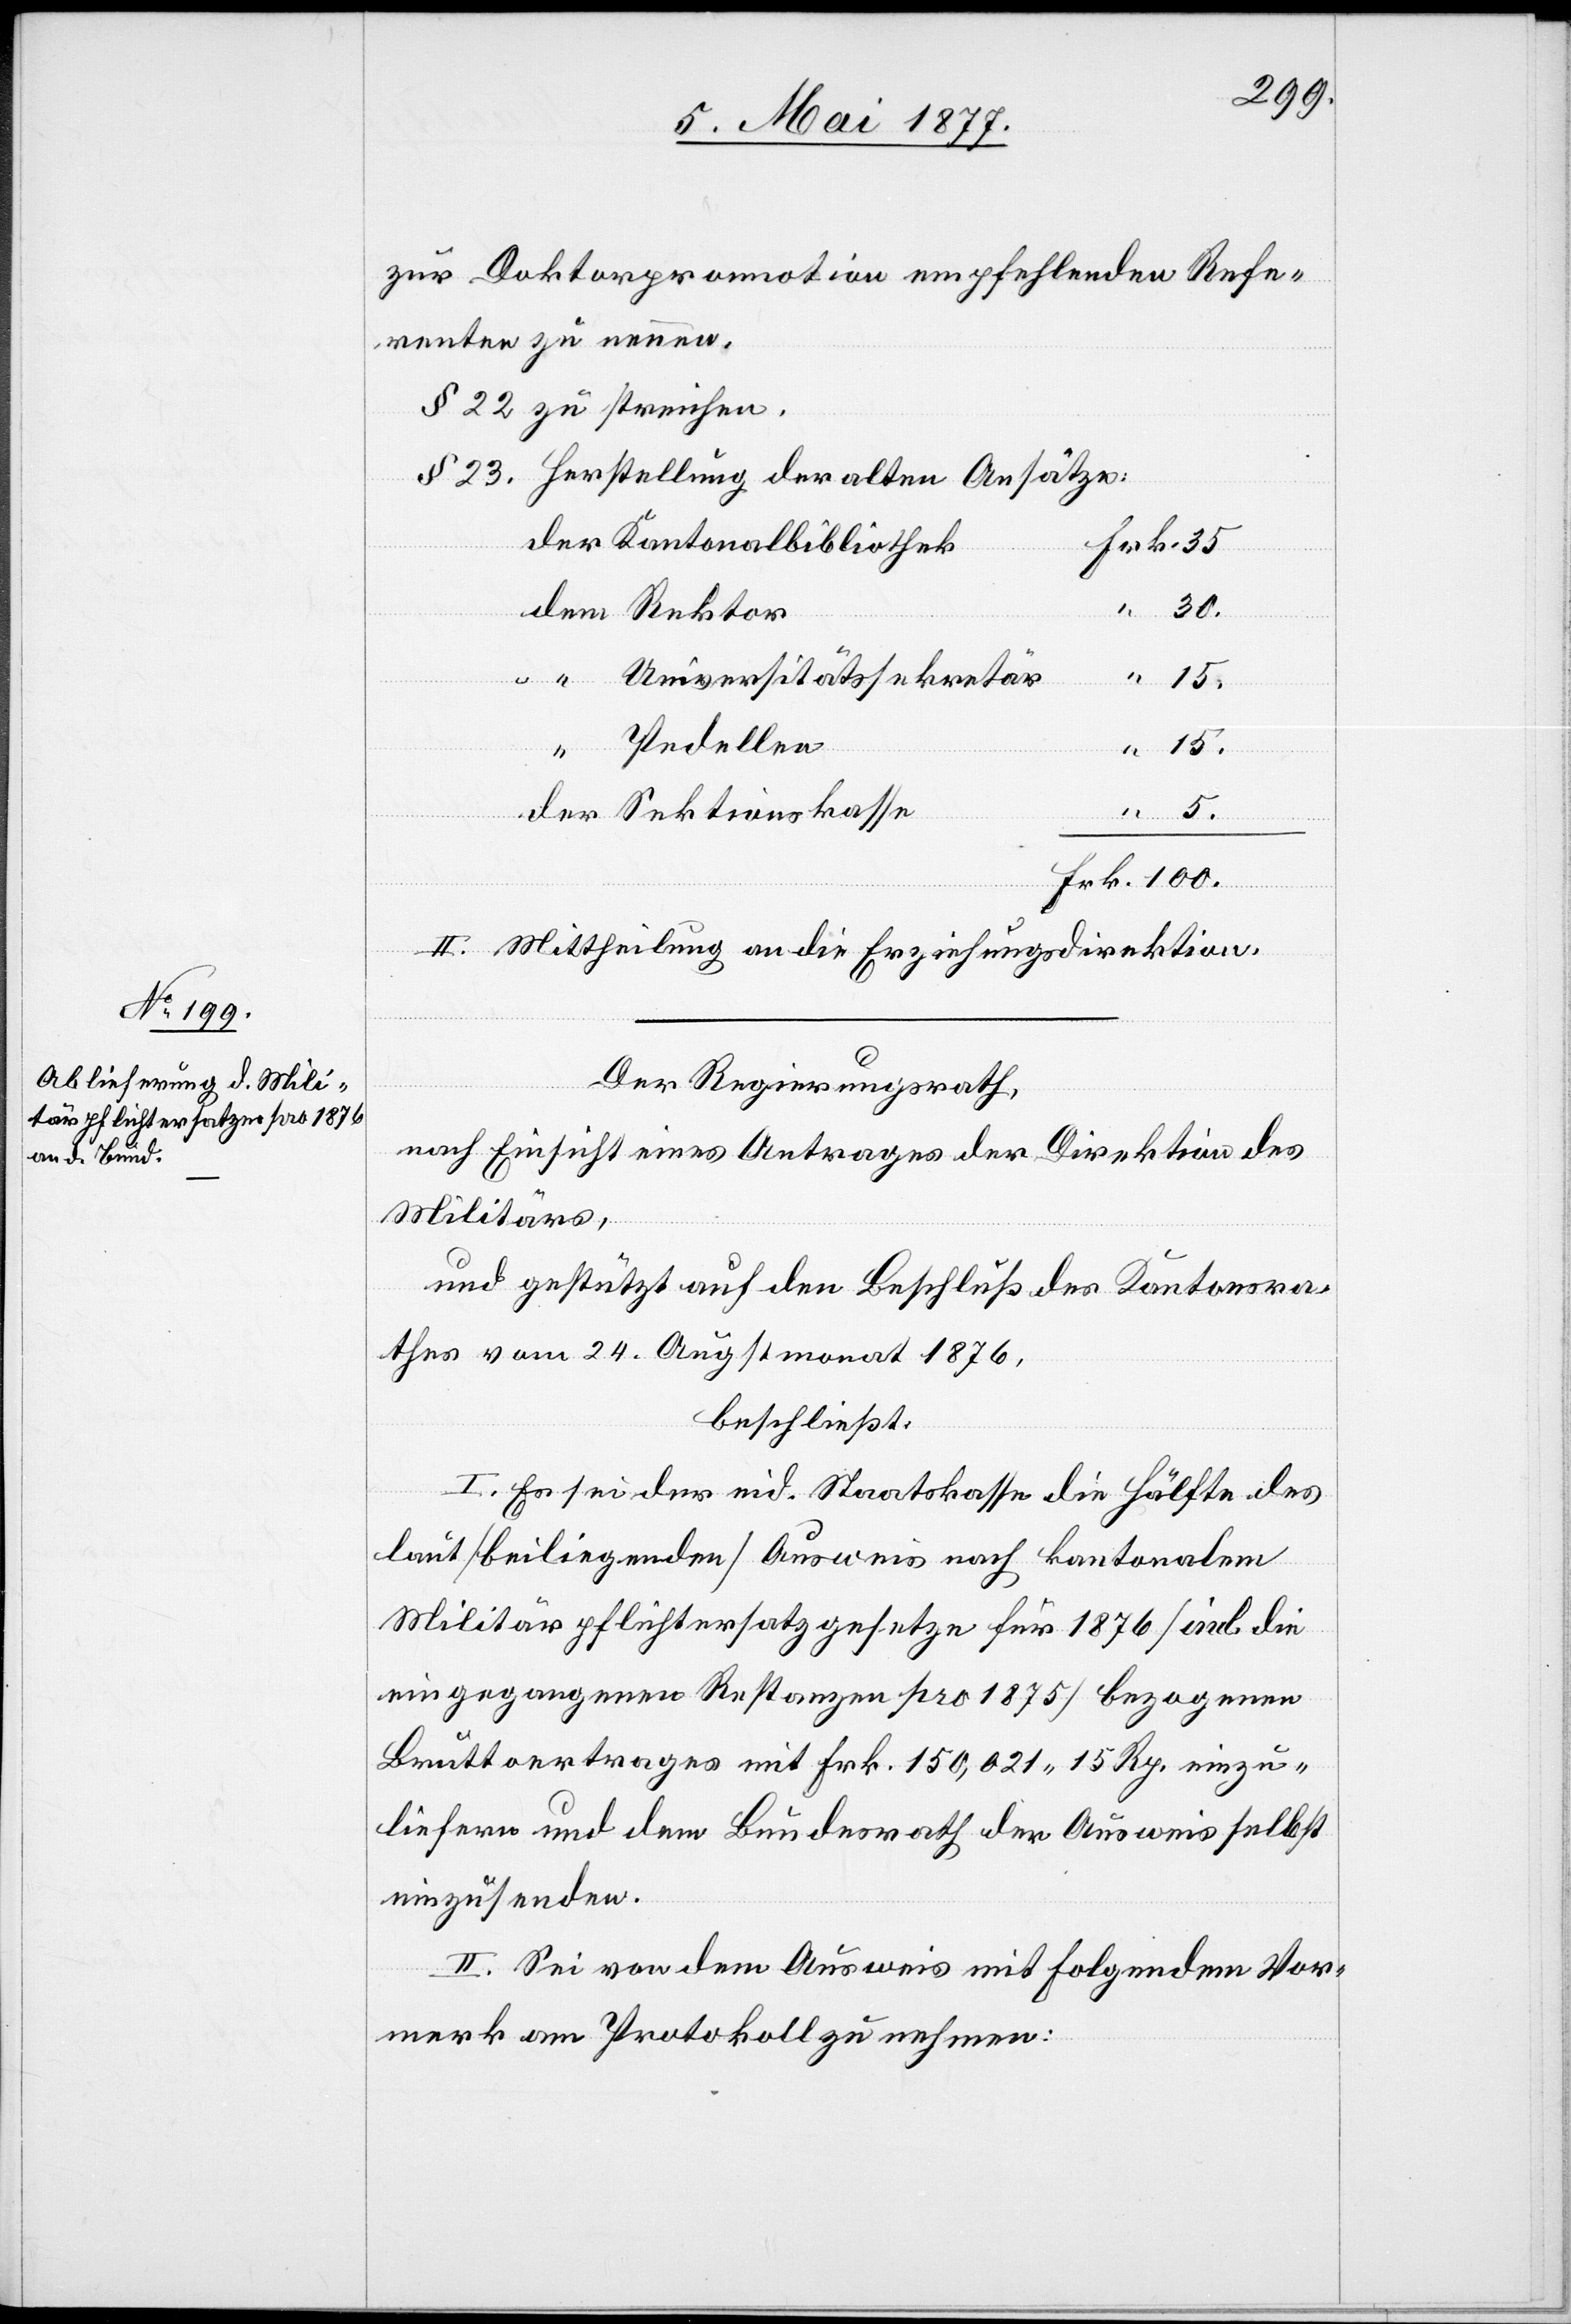
dem

zur Doktorpromotion empfehlenden Refe¬
renten zu nennen.
§ 22 zu streichen.
§ 23. Herstellung der alten Ansätze:
ions¬
Kantonalbibliothek
30
5
Universitätssekretär
“
15
Pedellen
II. Mittheilung an die Erziehungsdirektion.
Frk.
Der Regierungsrath,
nach Einsicht eines Antrages der Direktion des
Militärs,
und gestützt auf den Beschluß des Kantonsra¬
thes vom 24. Augstmonat 1876,
beschließt:
I. Es sei der eid. Staatskasse die Hälfte des
laut [beiliegenden] Ausweis nach kantonalem
Militärpflichtersatzgesetze für 1876 [incl. die
eingegangenen Restanzen pro 1875] bezogenen
Bruttoertrages mit Frk. 150,021 15 Rp. einzu¬
liefern und dem Bundesrath den Ausweis selbst
einzusenden.
II. Sei von dem Ausweis mit Folgendem Vor¬
merk am Protokoll zu nehmen: